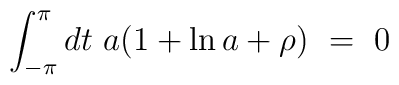
\int_{-\pi}^\pi dt~a(1+\ln a + \rho)\ =\ 0